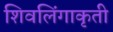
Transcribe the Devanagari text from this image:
शिवलिंगाकृती